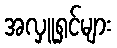
အလှူရှင်များ